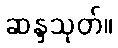
ဆန္ဒသုတ်။